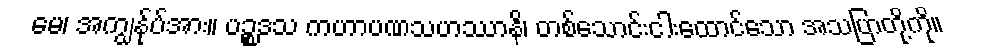
မေ၊ အကျွန်ုပ်အား။ ပဉ္စဒသ ကဟာပဏသဟဿာနိ၊ တစ်သောင်းငါးထောင်သော အသပြာတို့ကို။